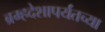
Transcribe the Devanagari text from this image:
ब्रम्हदेशापर्यंतच्या